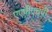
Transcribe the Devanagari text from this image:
एएपीएचपी